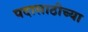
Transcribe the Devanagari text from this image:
पदासाठीच्या